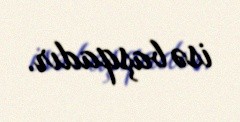
isə başqadır.